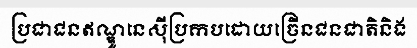
ប្រជាជនឥណ្ឌូនេស៊ីប្រកបដោយច្រើនជនជាតិនិង